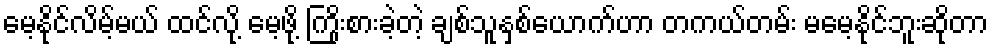
မေ့နိုင်လိမ့်မယ် ထင်လို့ မေ့ဖို့ ကြိုးစားခဲ့တဲ့ ချစ်သူနှစ်ယောက်ဟာ တကယ်တမ်း မမေ့နိုင်ဘူးဆိုတာ